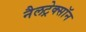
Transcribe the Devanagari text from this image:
नैलट्रेक्सॉन